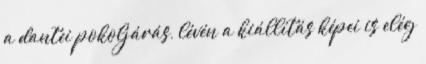
a dantei pokoljárás, lévén a kiállítás képei is elég